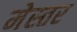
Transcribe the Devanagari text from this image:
मेस्तर